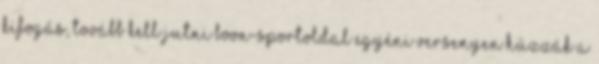
kifogás, tovább kell jutni boon-sportoldal Egyéni versenyen húzzák a